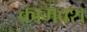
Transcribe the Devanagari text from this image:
कामवश